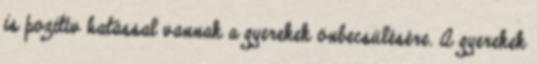
is pozitív hatással vannak a gyerekek önbecsülésére. A gyerekek